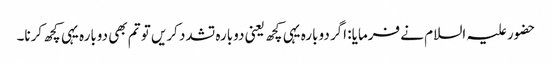
حضور علیہ السلام نے فرمایا: اگر دوبارہ یہی کچھ یعنی دوبارہ تشدد کریں تو تم بھی دوبارہ یہی کچھ کرنا۔